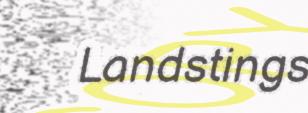
Landstings